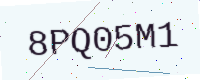
Text: 8PQ05M1